Civil Veterinary Department. Madras. Admin. report 1926-33 - 1926-1933
Year: 1926
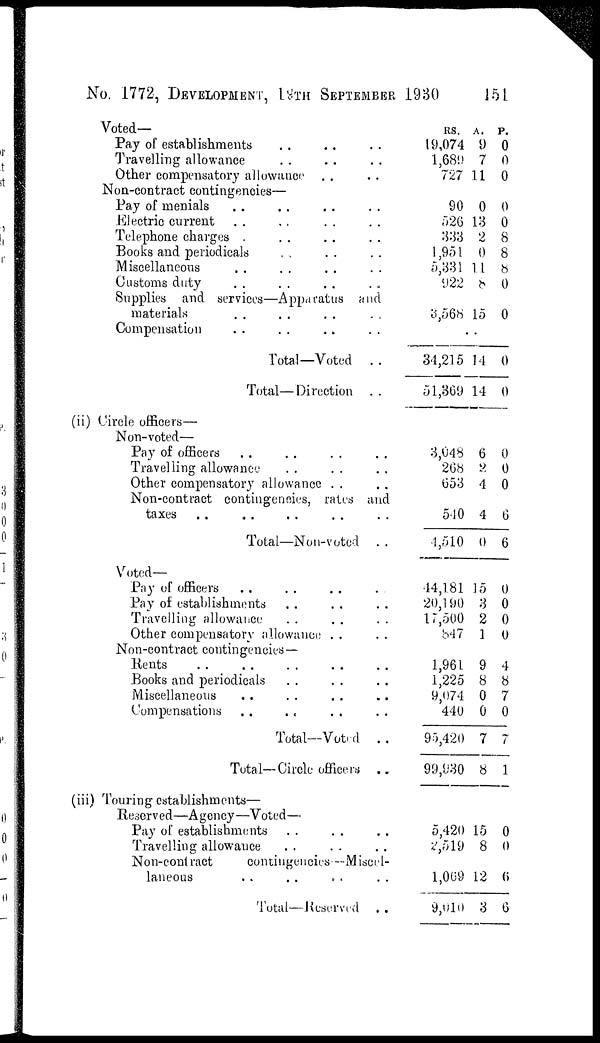
No. 1772, DEVELOPMENT, 19TH SEPTEMBER 1930
151
Voted—
Pay of establishments
Travelling allowance .. .. ..
Other compensatory allowance .. ..
Non-contract contingencies—
Pay of menials .. .. ..
Electric current .. .. .. ..
Telephone charges .. .. .. ..
Books and periodicals .. .. .. ..
Miscellaneous .. .. .. ..
Customs duty .. .. .. ..
Supplies and services—Apparatus and
materials .. .. .. ..
Compensation .. .. ..
Total—Voted . .
Total—Direction . .
RS.
19,074
1,689
727
A.
9
7
11
P.
0
0
0
90
526
333
1,951
5,331
922
0
13
2
0
11
8
0
0
8
8
8
0
3,568 15 0
..
34,215
51,369
14
14
0
0
(ii) Circle officers—
Non-voted—
Pay of officers .. .. .. ..
Travelling allowance .. .. ..
Other compensatory allowance .. ..
Non-contract contingencies, rates and
taxes .. .. .. .. ..
Total—Non-voted ..
3,048
268
653
540
4,510
6
2
4
4
0
0
0
0
6
6
Voted—
Pay of officers .. .. .. ..
Pay of establishments .. .. ..
Travelling allowance .. .. ..
Other compensatory allowance .. ..
Non-contract contingencies—
Rents .. .. .. .. ..
Books and periodicals .. .. ..
Miscellaneous .. .. .. ..
Compensations .. .. .. ..
Total—Voted . .
Total—Circle officers
..
44,181
20,190
17,500
847
15
3
2
1
0
0
0
0
1,961
1,225
9,074
440
95,420
99,930
9
8
0
0
7
8
4
8
7
0
7
1
(iii) Touring establishments—
Reserved—Agency—Voted—
Pay of establishments .. .. ..
Travelling allowance .. .. ..
Non-contract
contingencies—Miscel-
laneous .. .. .. ..
Total—Reserved
..
5,420
2,519
1,069
9,010
15
8
12
3
0
0
6
6